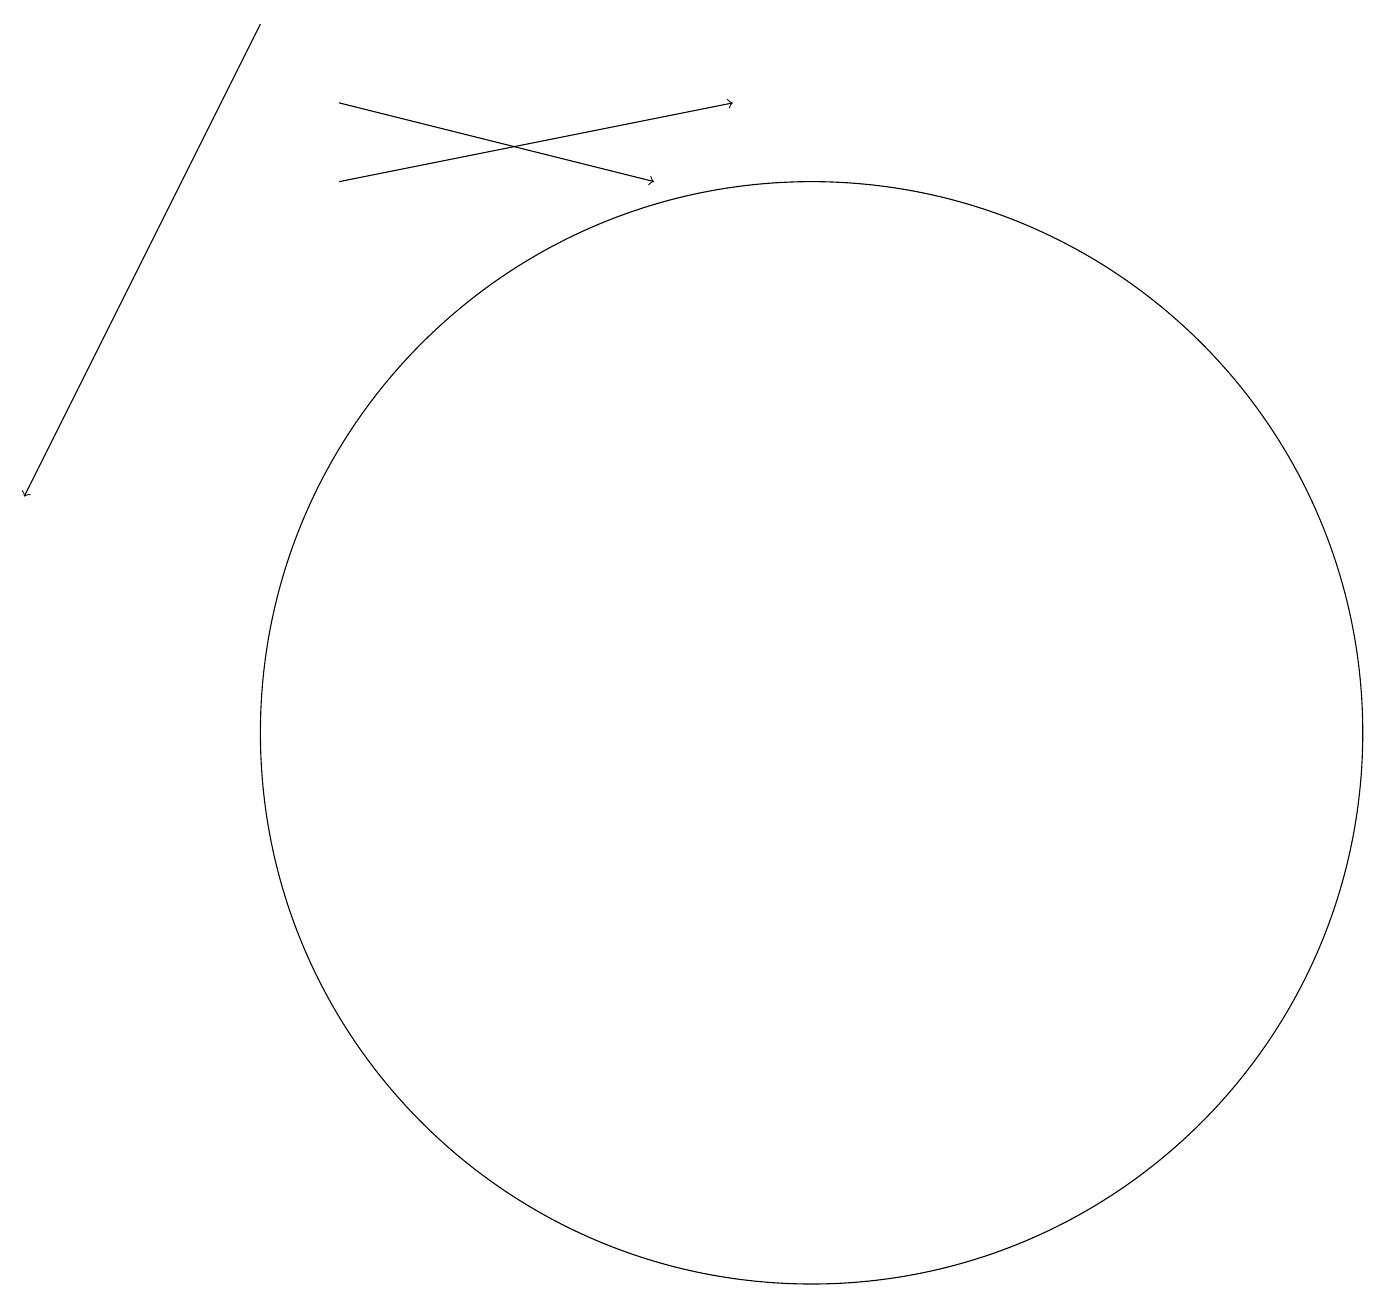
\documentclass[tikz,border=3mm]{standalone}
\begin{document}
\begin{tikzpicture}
\draw[->] (4,18) -- (8,17);
\draw[->] (4,17) -- (9,18);
\draw[->] (3,19) -- (0,13);
\draw (10,10) circle (7);
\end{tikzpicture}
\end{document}